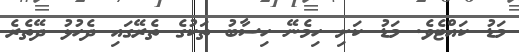
މަޑު ކައްޓެވެ. މަޑު ކަށި ހިމެނޭ ހިސާބު ތަކުގެ ތެރޭގައި ދެހުޅު ދޭތެރެ